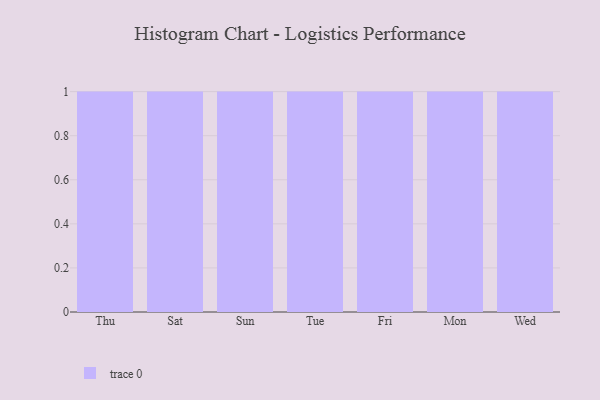
{"axis": {"x": "Day", "y": "Tickets Resolved"}, "legend": [""], "data": [{"x": "Thu", "y": 99, "type": ""}, {"x": "Sat", "y": 33, "type": ""}, {"x": "Sun", "y": 6, "type": ""}, {"x": "Tue", "y": 2, "type": ""}, {"x": "Fri", "y": 76, "type": ""}, {"x": "Mon", "y": 85, "type": ""}, {"x": "Wed", "y": 6, "type": ""}]}